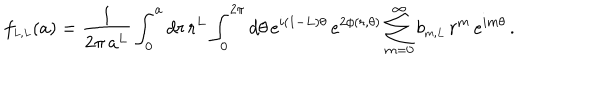
f _ { \scriptscriptstyle { L , L } } ( a ) = \frac { 1 } { 2 \pi \, a ^ { L } } \int _ { 0 } ^ { a } d r \, r ^ { L } \int _ { 0 } ^ { 2 \pi } d \theta \, e ^ { i ( 1 - L ) \theta } \, e ^ { 2 \phi ( r , \theta ) } \sum _ { m = 0 } ^ { \infty } b _ { \scriptscriptstyle { m , L } } \, r ^ { m } \, e ^ { i m \theta } \, .